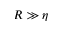
R \gg \eta